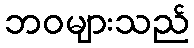
ဘဝများသည်